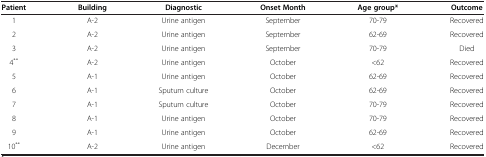
<table><thead><tr><td><b>Patient</b></td><td><b>Building</b></td><td><b>Diagnostic</b></td><td><b>Onset Month</b></td><td><b>Age group*</b></td><td><b>Outcome</b></td></tr></thead><tbody><tr><td>1</td><td>A-2</td><td>Urine antigen</td><td>September</td><td>70-79</td><td>Recovered</td></tr><tr><td>2</td><td>A-2</td><td>Urine antigen</td><td>September</td><td>62-69</td><td>Recovered</td></tr><tr><td>3</td><td>A-2</td><td>Urine antigen</td><td>September</td><td>70-79</td><td>Died</td></tr><tr><td>4<sup>**</sup></td><td>A-2</td><td>Urine antigen</td><td>October</td><td>&lt;62</td><td>Recovered</td></tr><tr><td>5</td><td>A-1</td><td>Urine antigen</td><td>October</td><td>62-69</td><td>Recovered</td></tr><tr><td>6</td><td>A-1</td><td>Sputum culture</td><td>October</td><td>62-69</td><td>Recovered</td></tr><tr><td>7</td><td>A-1</td><td>Sputum culture</td><td>October</td><td>70-79</td><td>Recovered</td></tr><tr><td>8</td><td>A-1</td><td>Urine antigen</td><td>October</td><td>70-79</td><td>Recovered</td></tr><tr><td>9</td><td>A-1</td><td>Urine antigen</td><td>October</td><td>62-69</td><td>Recovered</td></tr><tr><td>10<sup>**</sup></td><td>A-2</td><td>Urine antigen</td><td>December</td><td>&lt;62</td><td>Recovered</td></tr></tbody></table>